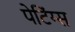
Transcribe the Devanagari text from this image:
पेटिंग्स